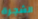
الشجرة